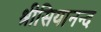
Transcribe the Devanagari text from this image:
श्रीसियानन्द